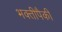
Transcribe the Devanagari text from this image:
भक्तीपैकी